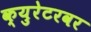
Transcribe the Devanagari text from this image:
क्युरेटरवर